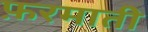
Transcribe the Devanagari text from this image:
फ़रमाती